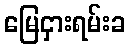
မြေငှားရမ်းခ